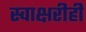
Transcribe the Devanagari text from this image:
स्वाक्षरीही